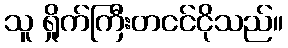
သူ ရှိုက်ကြီးတငင်ငိုသည်။